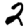
Digit: 2